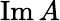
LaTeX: \operatorname{Im}A